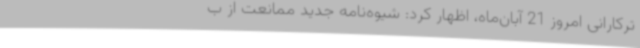
ترکارانی امروز 21 آبان‌ماه، اظهار کرد: شیوه‌نامه جدید ممانعت از ب